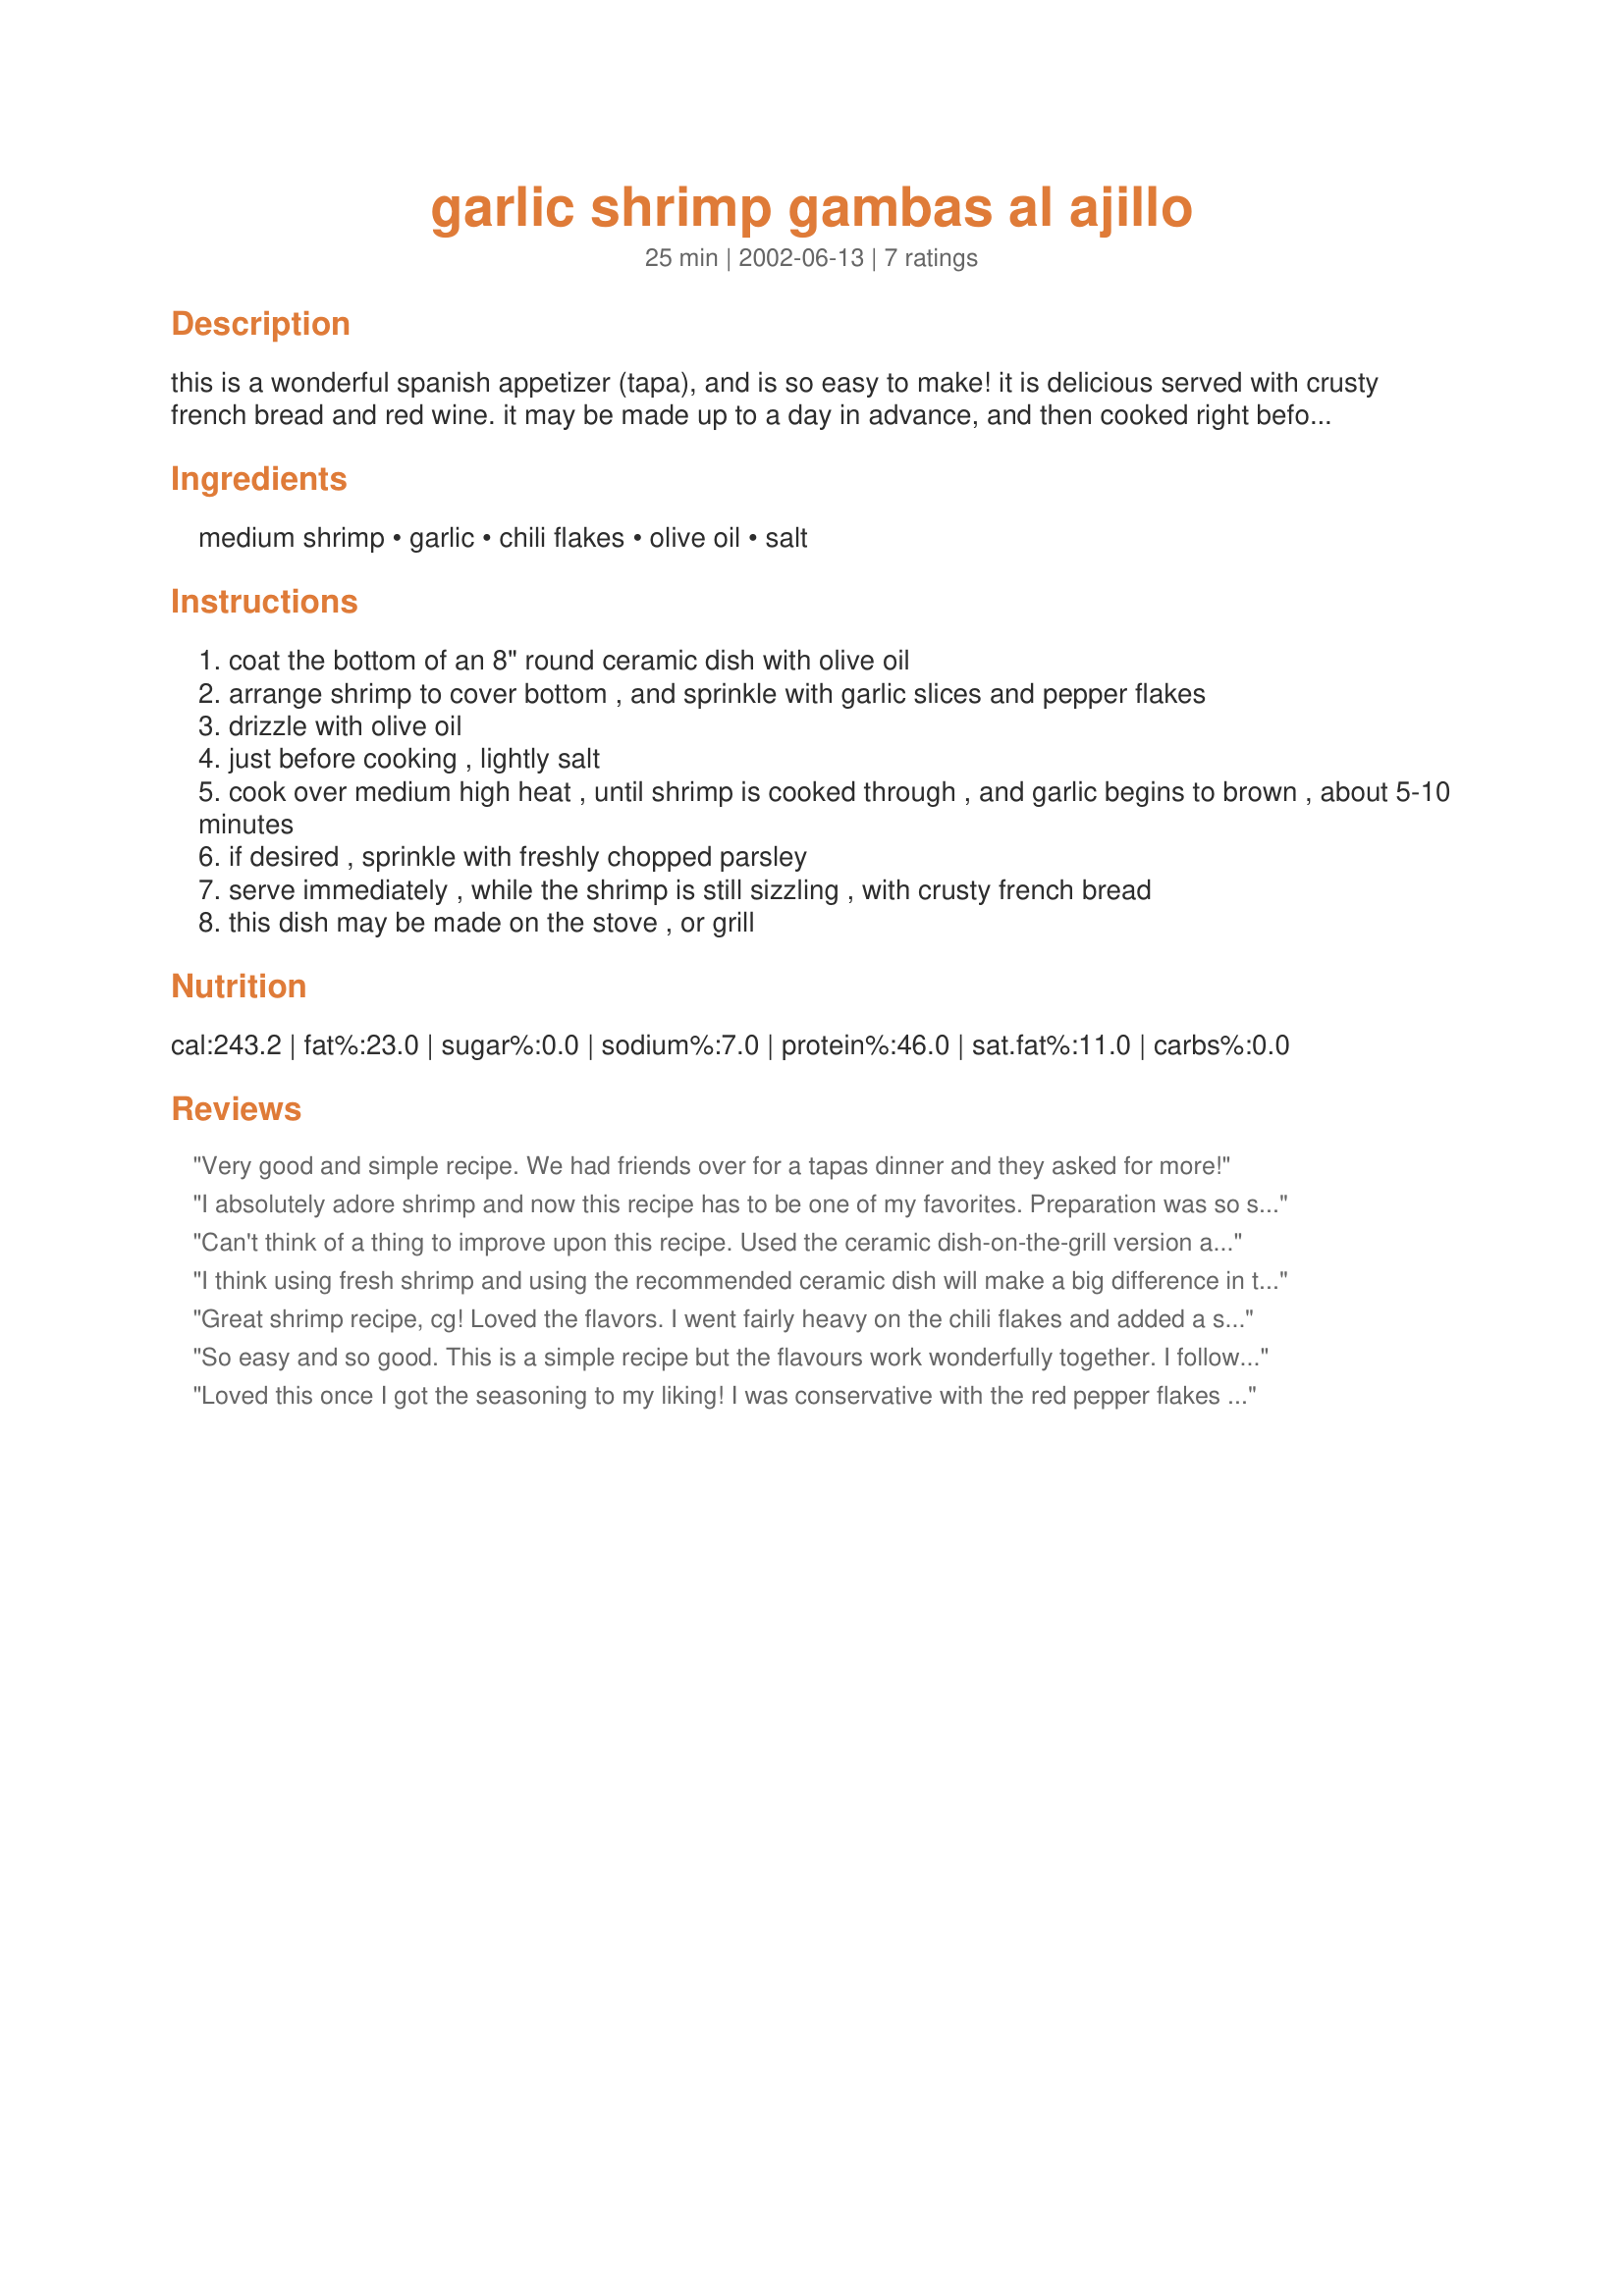
garlic shrimp gambas al ajillo
Preparation time: 25 minutes

this is a wonderful spanish appetizer (tapa), and is so easy to make! it is delicious served with crusty french bread and red wine. it may be made up to a day in advance, and then cooked right before serving.

Ingredients:
medium shrimp, garlic, chili flakes, olive oil, salt

Steps:
coat the bottom of an 8" round ceramic dish with olive oil
arrange shrimp to cover bottom , and sprinkle with garlic slices and pepper flakes
drizzle with olive oil
just before cooking , lightly salt
cook over medium high heat , until shrimp is cooked through , and garlic begins to brown , about 5-10 minutes
if desired , sprinkle with freshly chopped parsley
serve immediately , while the shrimp is still sizzling , with crusty french bread
this dish may be made on the stove , or grill

Reviews:
Very good and simple recipe. We had friends over for a tapas dinner and they asked for more!
I absolutely adore shrimp and now this recipe has to be one of my favorites. Preparation was so simple yet the shrimp are so flavorful. I experimented with the garlic and pepper flakes making half of the shrimp with a little extra spice. We found it to be perfect and yet not over powering. Served with sauteed artichoke hearts, a green salad and crusty bread for dipping into the sauce. HMMMMMMMMMMM!
Can't think of a thing to improve upon this recipe. Used the ceramic dish-on-the-grill version and plan to use it again, many times.
I think using fresh shrimp and using the recommended ceramic dish will make a big difference in this recipe.
Great shrimp recipe, cg! Loved the flavors. I went fairly heavy on the chili flakes and added a squirt of lemon and a dusting of parsley. Excellent! Thanks for posting!
So easy and so good. This is a simple recipe but the flavours work wonderfully together. I followed the recipe exactly, and it was great as part of our tapas dinner. Thanks!
Loved this once I got the seasoning to my liking! I was conservative with the red pepper flakes and salt at first. I used a whole pound of shrimp and 5 garlic cloves. I kept adding salt and red pepper flakes to taste (added garlic powder, too). So good! I love the olive oil instead of butter, too. Thanks cg!
